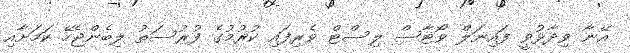
އޭނާ ވިދާޅުވީ ފައިނަލް ވޯޓާސް ލިސްޓް ވެރިފައި ކުރުމުގެ ފުރުސަތު ލިބެންޖެހޭ ކަމަށާއި